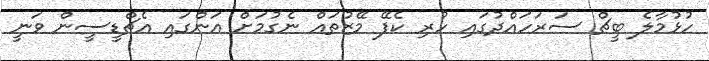
ހުޅުމާލެ ބީޗް ސަރަހައްދުގައި ހުރި ކެފޭ މޭޒުތައް ނެގުމަށް އަންގައި އެޗްޑީސީން ވަނީ